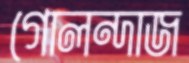
গোলন্দাজ